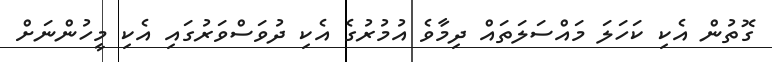
ގޮތުން އެކި ކަހަލަ މައްސަލަތައް ދިމާވެ އުމުރުގެ އެކި ދުވަސްވަރުގައި އެކި މީހުންނަށް